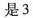
是3